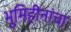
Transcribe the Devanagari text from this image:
भूमिहीनांचा